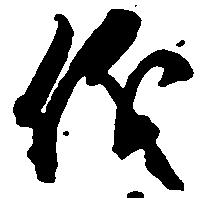
儀